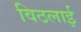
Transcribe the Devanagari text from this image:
विठलाई